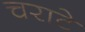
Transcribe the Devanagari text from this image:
चराटे